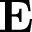
\mathbf { E }